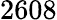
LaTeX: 2608